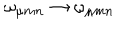
LaTeX: \omega _ { \mu m n } \rightarrow \omega _ { \mu m n }